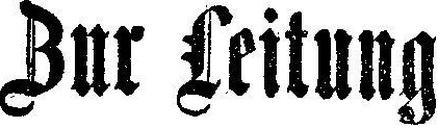
Zur Leitung